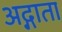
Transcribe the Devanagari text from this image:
अद्गाता